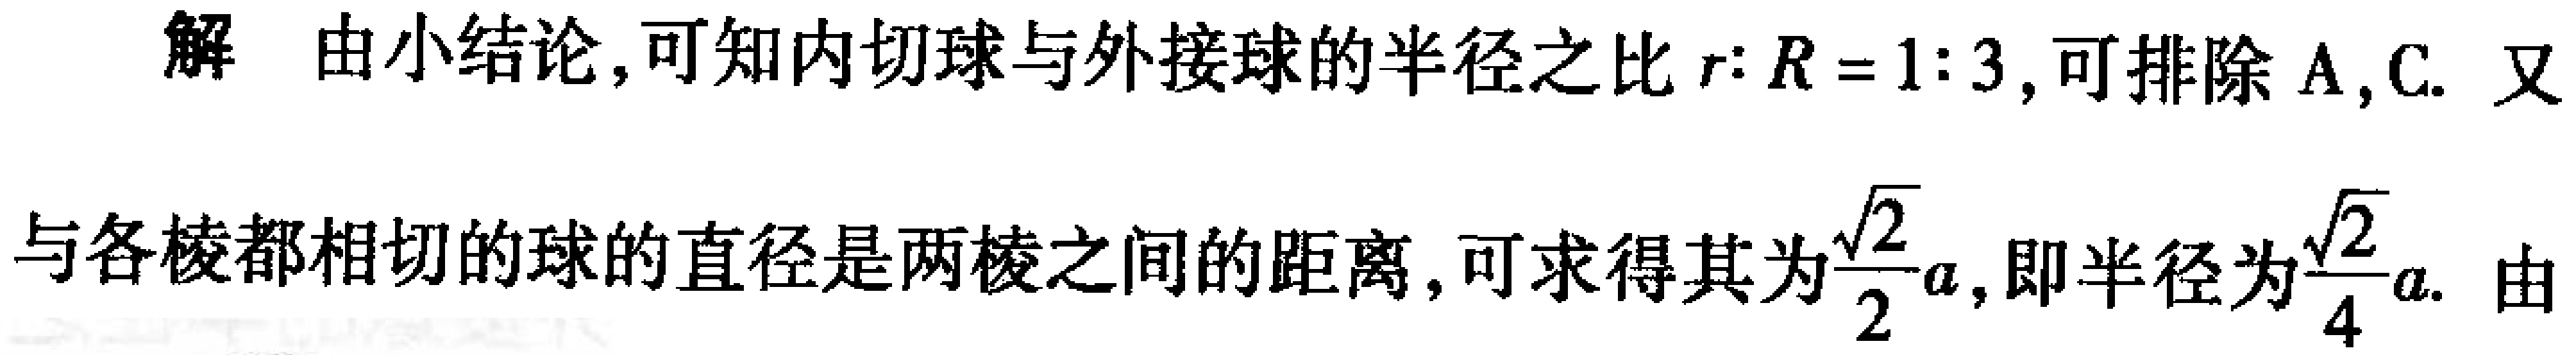
解 由小结论, 可知内切球与外接球的半径之比$r:R = 1:3$, 可排除A,C. 又
与各棱都相切的球的直径是两棱之间的距离, 可求得其为$\frac{\sqrt{2}}{2}a$, 即半径为$\frac{\sqrt{2}}{4}a$. 由